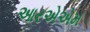
આરએએમ